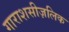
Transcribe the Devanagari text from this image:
गाराशसीज़लिक